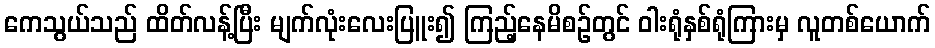
ကေသွယ်သည် ထိတ်လန့်ပြီး မျက်လုံးလေးပြူး၍ ကြည့်နေမိစဉ်တွင် ဝါးရုံနှစ်ရုံကြားမှ လူတစ်ယောက်